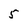
Character: 5